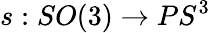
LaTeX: s:SO(3)\to PS^{3}